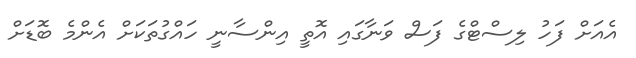
އެއަށް ފަހު ލިސްޓްގެ ފަސް ވަނާގައި އޮތީ އިންސާނީ ހައްގުތަކަށް އެންމެ ބޮޑަށް